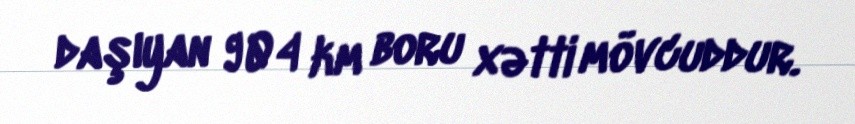
daşıyan 904 km boru xətti mövcuddur.